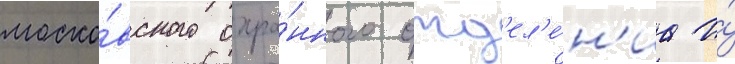
моско́вского охра́нного отд'ел'е́н'иа и́